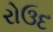
રોઉદ